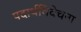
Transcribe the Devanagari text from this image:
पदार्थविवेचना